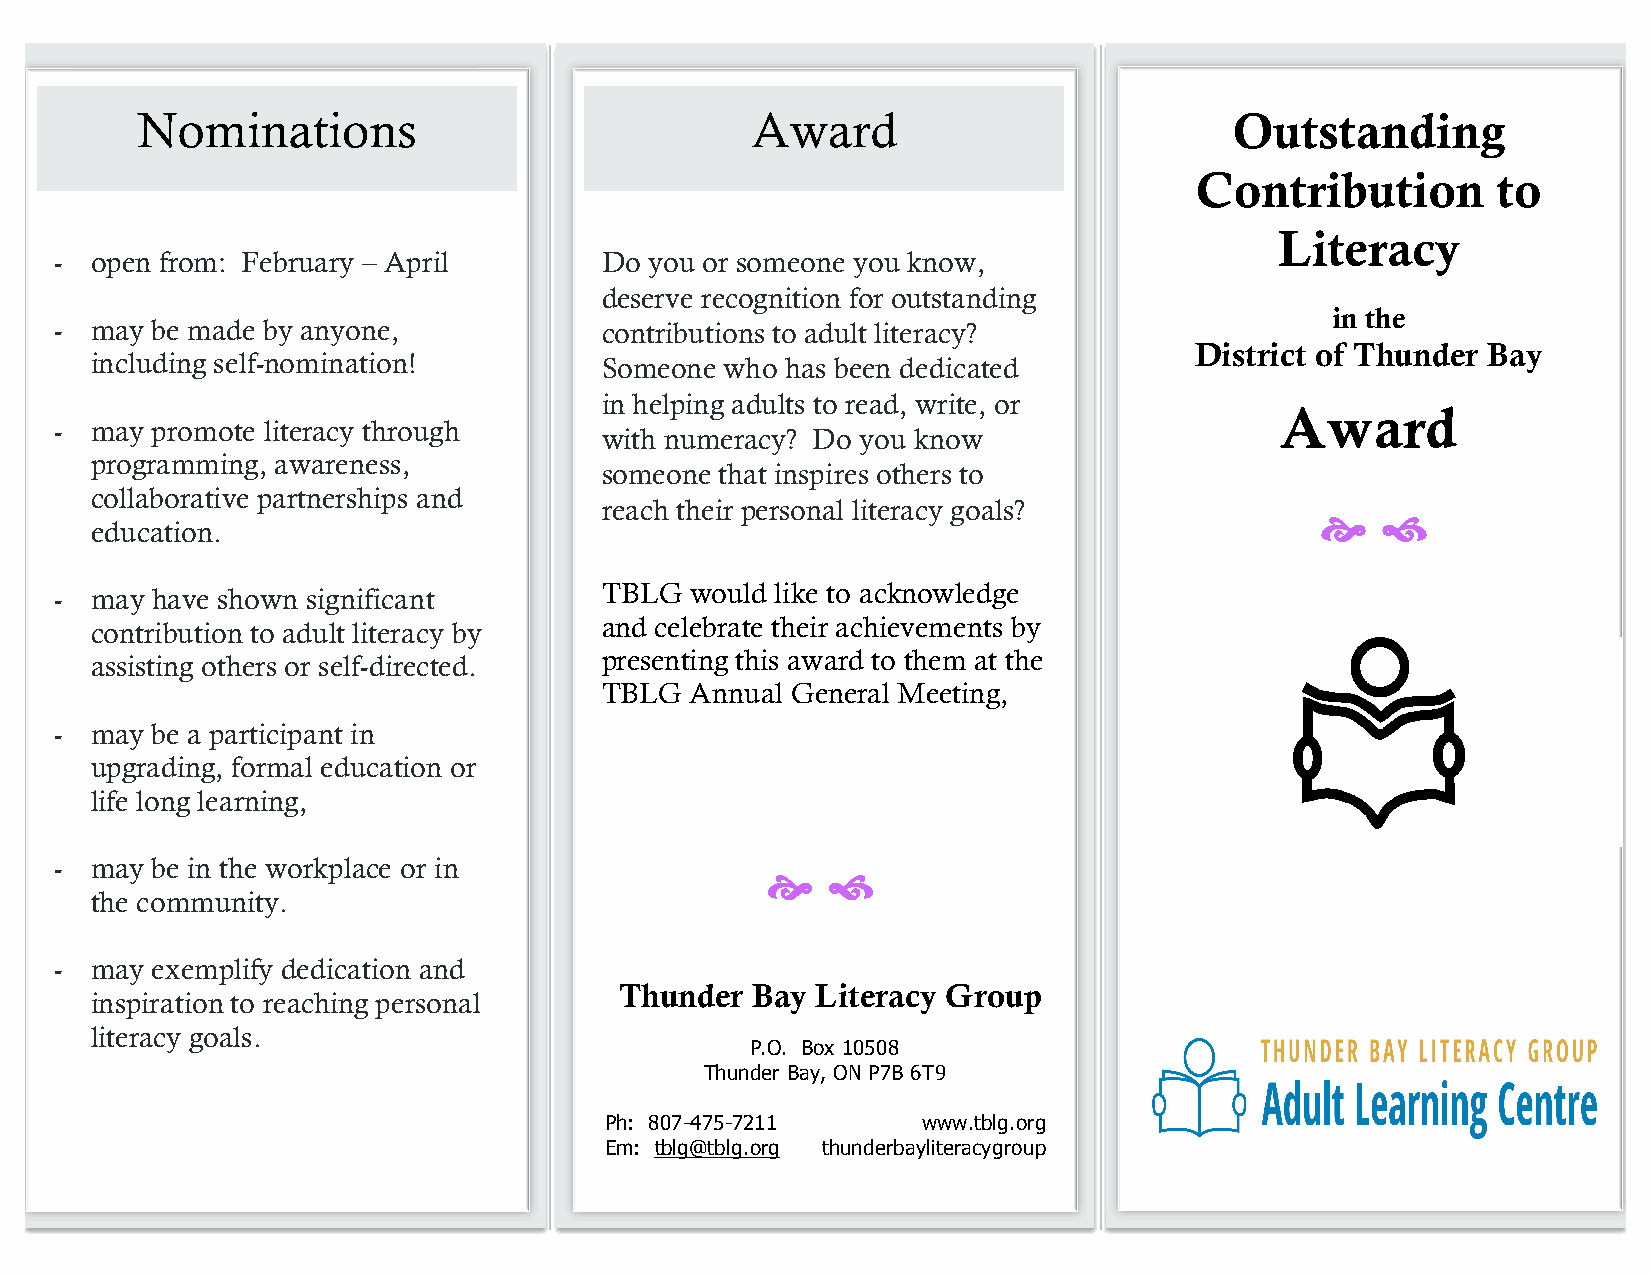
Nominations                              Award                           Outstanding
 Contribution        to
 Literacy
 - open from: February – April       Do you or someone you know,
 deserve recognition for outstanding
 in the
 - may be made by anyone,            contributions to adult literacy?
 District of Thunder Bay
 including self-nomination!        Someone who has been dedicated
 in helping adults to read, write, or
 Award
 - may promote literacy through
 with numeracy? Do you know
 programming, awareness,
 someone that inspires others to
 collaborative partnerships and
 reach their personal literacy goals?
   
 education.
 - may have shown significant        TBLG  would like to acknowledge
 contribution to adult literacy by and celebrate their achievements by
 assisting others or self-directed. presenting this award to them at the
 TBLG  Annual General Meeting,
 - may be a participant in
 upgrading, formal education or
 life long learning,
 - may be in the workplace or in
   
 the community.
 - may exemplify dedication and
 inspiration to reaching personal   Thunder  Bay Literacy Group
 literacy goals.
 P.O. Box 10508
 Thunder Bay, ON P7B 6T9
 Ph: 807-475-7211     www.tblg.org
 Em: tblg@tblg.org thunderbayliteracygroup